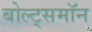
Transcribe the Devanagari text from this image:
बोल्ट्समॉन